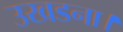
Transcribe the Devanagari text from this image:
उखडना।